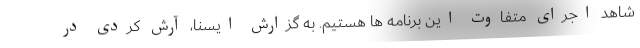
شاهد اجرای متفاوت این برنامه ها هستیم. به گزارش ایسنا، آرش کردی در